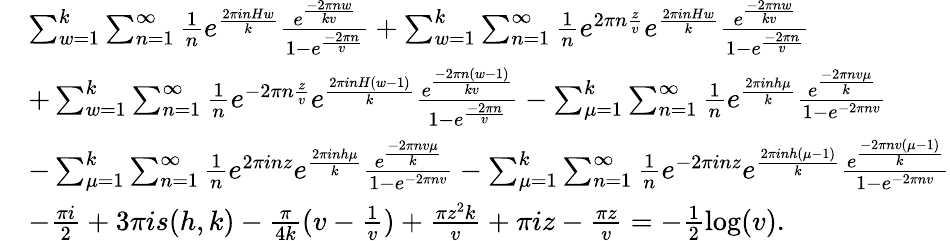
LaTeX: \begin{array}{rl}&{\sum_{w=1}^{k}\sum_{n=1}^{\infty}\frac{1}{n}e^{\frac{2\pi inHw}{k}}\frac{e^{\frac{-2\pi nw}{kv}}}{1-e^{\frac{-2\pi n}{v}}}+\sum_{w=1}^{k}\sum_{n=1}^{\infty}\frac{1}{n}e^{2\pi n\frac{z}{v}}e^{\frac{2\pi inHw}{k}}\frac{e^{\frac{-2\pi nw}{kv}}}{1-e^{\frac{-2\pi n}{v}}}}\\ &{+\sum_{w=1}^{k}\sum_{n=1}^{\infty}\frac{1}{n}e^{-2\pi n\frac{z}{v}}e^{\frac{2\pi inH(w-1)}{k}}\frac{e^{\frac{-2\pi n\left(w-1\right)}{kv}}}{1-e^{\frac{-2\pi n}{v}}}-\sum_{\mu=1}^{k}\sum_{n=1}^{\infty}\frac{1}{n}e^{\frac{2\pi inh\mu}{k}}\frac{e^{\frac{-2\pi nv\mu}{k}}}{1-e^{-2\pi nv}}}\\ &{-\sum_{\mu=1}^{k}\sum_{n=1}^{\infty}\frac{1}{n}e^{2\pi inz}e^{\frac{2\pi inh\mu}{k}}\frac{e^{\frac{-2\pi nv\mu}{k}}}{1-e^{-2\pi nv}}-\sum_{\mu=1}^{k}\sum_{n=1}^{\infty}\frac{1}{n}e^{-2\pi inz}e^{\frac{2\pi inh(\mu-1)}{k}}\frac{e^{\frac{-2\pi nv\left(\mu-1\right)}{k}}}{1-e^{-2\pi nv}}}\\ &{-\frac{\pi i}{2}+3\pi is(h,k)-\frac{\pi}{4k}(v-\frac{1}{v})+\frac{\pi z^{2}k}{v}+\pi iz-\frac{\pi z}{v}=-\frac{1}{2}\log(v).}\end{array}